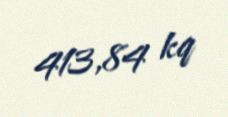
413,84 kq